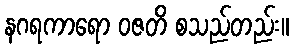
နဂရကာရော ဝဇတိ စသည်တည်း။